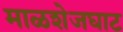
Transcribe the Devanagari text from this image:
माळशेजघाट